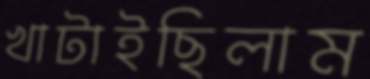
খাটাইছিলাম